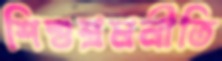
শিশুশ্রমনীতি